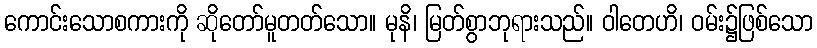
ကောင်းသောစကားကို ဆိုတော်မူတတ်သော။ မုနိ၊ မြတ်စွာဘုရားသည်။ ဝါတေဟိ၊ ဝမ်း၌ဖြစ်သော